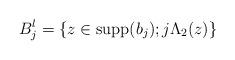
LaTeX: \begin{align*}B_j^l = \{ z \in \operatorname{supp}(b_j); j \Lambda_2(z)\}\end{align*}